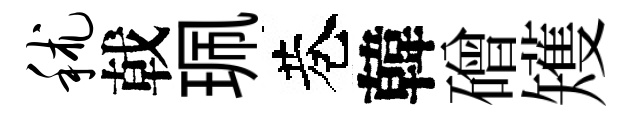
秫戟珮巷韓磳矱